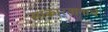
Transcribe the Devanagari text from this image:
साकारतानाचे